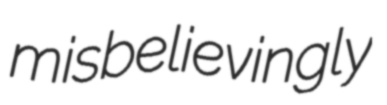
misbelievingly